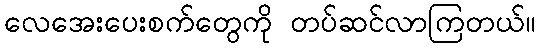
လေအေးပေးစက်တွေကို တပ်ဆင်လာကြတယ်။